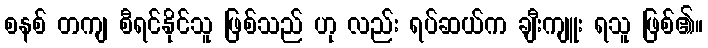
စနစ် တကျ စီရင်နိုင်သူ ဖြစ်သည် ဟု လည်း ရပ်ဆယ်က ချီးကျူး ရသူ ဖြစ်၏။